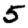
Digit: 5